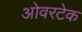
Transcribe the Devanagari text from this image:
ओवरटेक